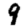
Digit: 9